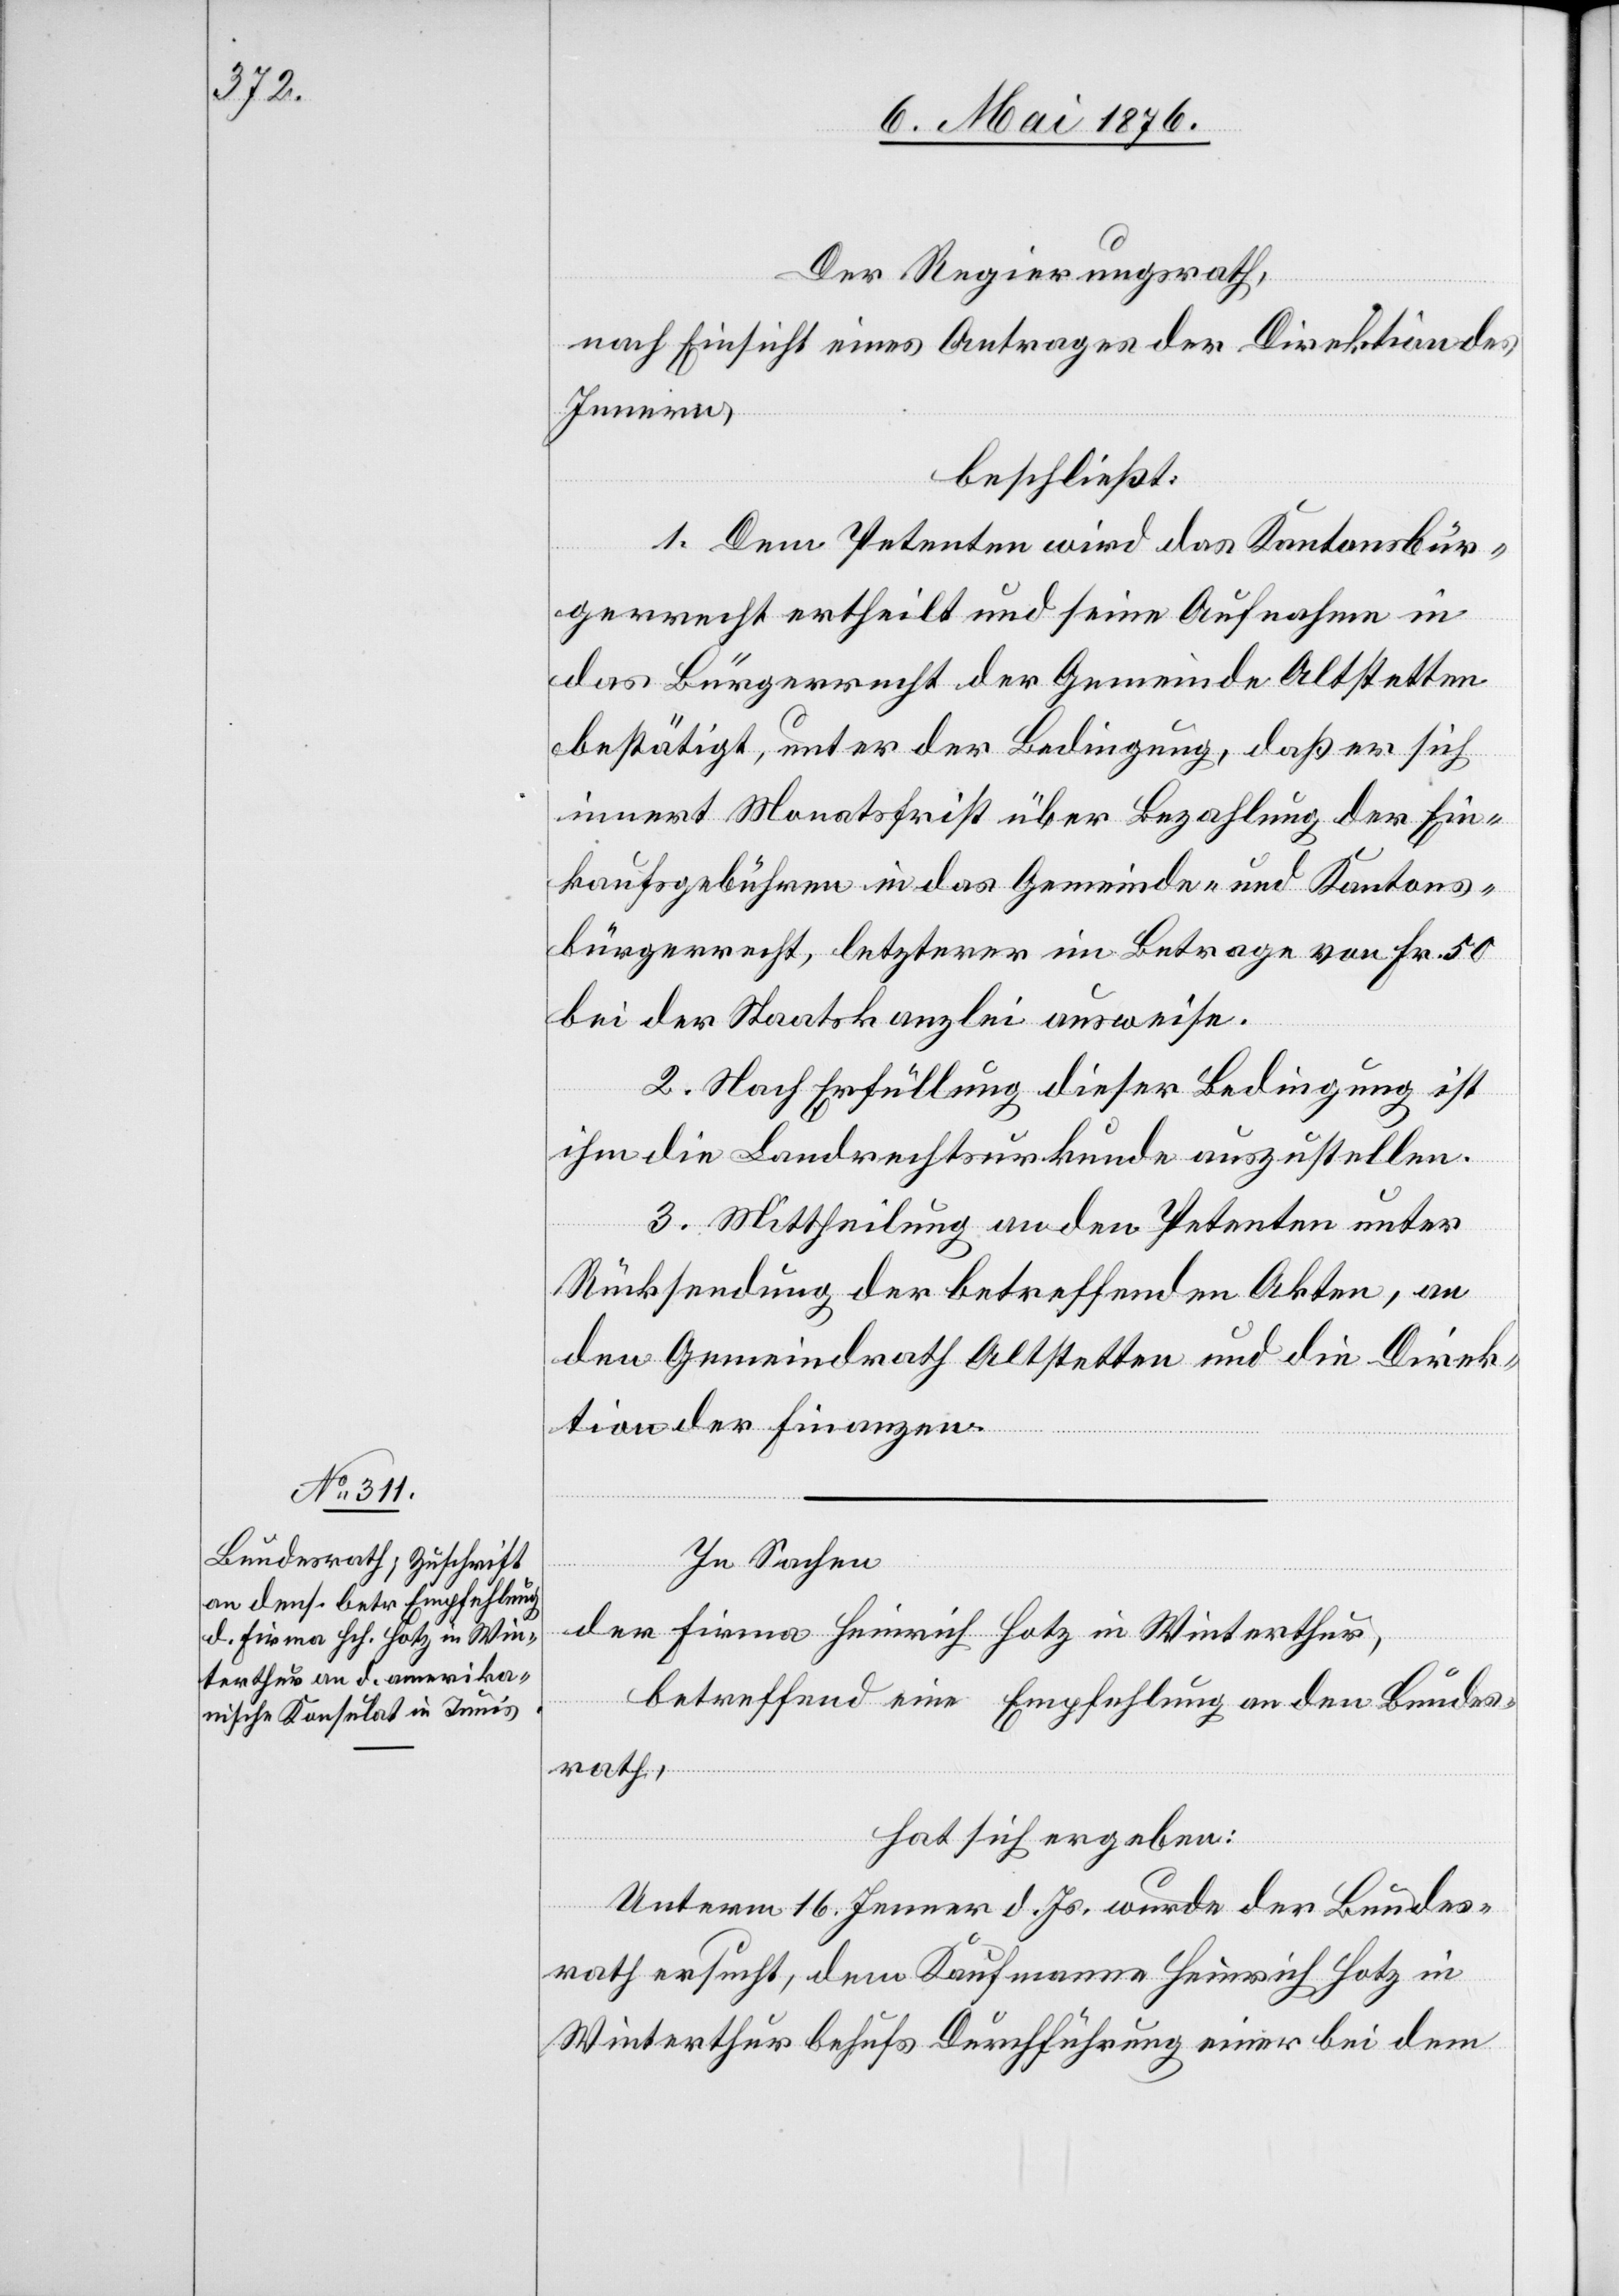
Der Regierungsrath,
nach Einsicht eines Antrages der Direktion des
Innern,
beschließt:
1. Dem Petenten wird das Kantonsbür¬
gerrecht ertheilt und seine Aufnahme in
das Bürgerrecht der Gemeinde Altstetten
bestätigt, unter der Bedingung, daß er sich
innert Monatsfrist über Bezahlung der Ein¬
kaufsgebühren in das Gemeinde- und Kantons¬
bürgerrecht, letzterer im Betrage von Fr. 50
bei der Staatskanzlei ausweise.
2. Nach Erfüllung dieser Bedingung ist
ihm die Landrechtsurkunde auszustellen.
3.Mittheilung an den Petenten unter
Rücksendung der betreffenden Akten, an
den Gemeindrath Altstetten und die Direk¬
tion der Finanzen.
In Sachen
der Firma Heinrich Hotz in Winterthur,
betreffend eine Empfehlung an den Bundes¬
rath,
hat sich ergeben:
Unterm 16. Jenner d. Js. wurde der Bundes¬
rath ersucht, dem Kaufmanne Heinrich Hotz in
Winterthur behufs Durchführung einer bei dem